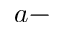
a -